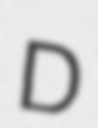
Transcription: D